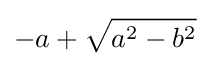
-a+{\sqrt {a^{2}-b^{2}}}